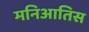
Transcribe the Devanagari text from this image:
मनिआतिस